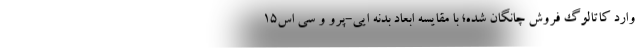
وارد کاتالوگ فروش چانگان شده؛ با مقایسه ابعاد بدنه ایی-پرو و سی اس15